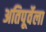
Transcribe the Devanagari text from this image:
अतिपूर्वेला